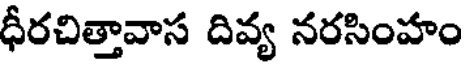
ధీరచిత్తావాస దివ్య నరసింహం